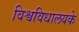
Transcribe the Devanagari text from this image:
विश्वविधालयके